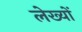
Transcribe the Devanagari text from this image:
लेख्यों